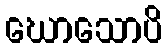
ဃောသောပိ